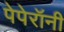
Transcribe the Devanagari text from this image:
पेपेरॉनी